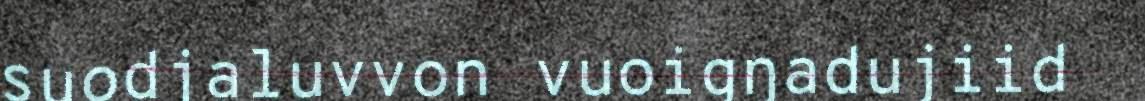
suodjaluvvon vuoigŋadujiid